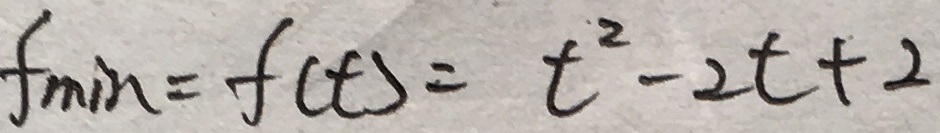
f _ { \min } = f ( t ) = t ^ { 2 } - 2 t + 2